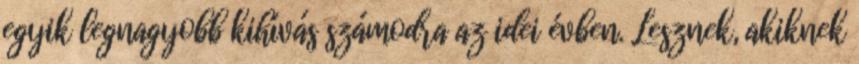
egyik legnagyobb kihívás számodra az idei évben. Lesznek, akiknek